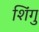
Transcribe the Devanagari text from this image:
शिंगु